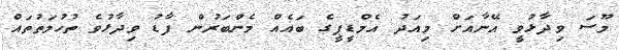
މޫސަ ވިދާޅުވީ އޭނާއަށް މިއަދު އެމްޑީޕީގެ ބައެއް މެންބަރުން ފާޑު ވިދާޅުވެ ތުހުމަތުތައް